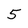
Character: 5